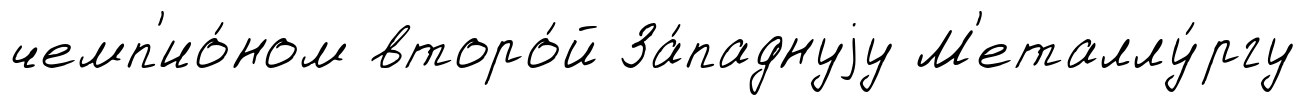
чемп'ио́ном второ́й За́паднуjу М'еталлу́ргу